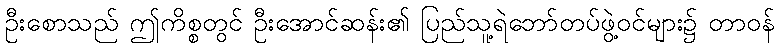
ဦးစောသည် ဤကိစ္စတွင် ဦးအောင်ဆန်း၏ ပြည်သူ့ရဲဘော်တပ်ဖွဲ့ဝင်များ၌ တာဝန်